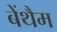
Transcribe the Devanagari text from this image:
बेंथैम